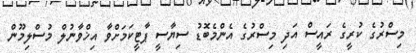
މިސްރުގެ ކުރީގެ ރައީސް އަދި މިސްރުގެ އެންމެބޮޑު ސިޔާސީ ޕާޓީކަމަށްވާ އިޚްވާނުލް މުސްލިމޫން